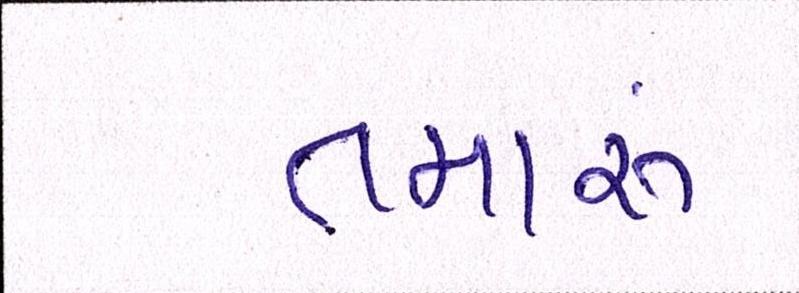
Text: તમારું